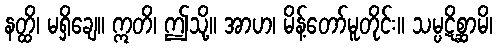
နတ္ထိ၊ မရှိချေ။ ဣတိ၊ ဤသို့။ အာဟ၊ မိန့်တော်မူတိုင်း။ သမ္ပဋိစ္ဆာမိ၊